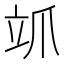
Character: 𮄨